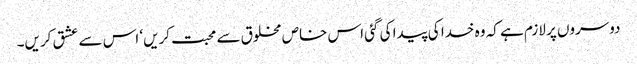
دوسروں پر لازم ہے کہ وہ خدا کی پیدا کی گئی اس خاص مخلوق سے محبت کریں‘ اس سے عشق کریں۔